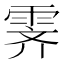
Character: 霁